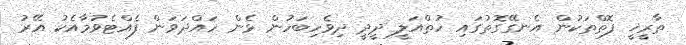
ތާރީޚީ ފޮތްތަކުން އެނގޭގޮތުގައި ހުތްއަލީ ދީދީ ދިވެހިބަހުން ޅެން ހައްދަވަން ފެއްޓެވުމާއެކު އޭރު